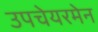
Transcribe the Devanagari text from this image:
उपचेयरमेन